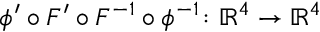
\phi ^ { \prime } \circ F ^ { \prime } \circ F ^ { - 1 } \circ \phi ^ { - 1 } \colon \mathbb R ^ { 4 } \to \mathbb R ^ { 4 }